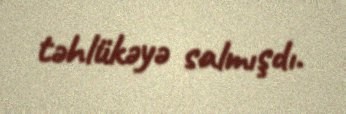
təhlükəyə salmışdı.